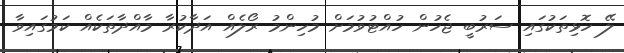
ލޭ ހޮޅިތަކުގައި ސަރުބީ ޖެހުން ހުއްޓުވުމަށް މުހިންމު ރޯލެއް އަދާކުރާ މާއްދާތަކެއް ކަމުގައިވާ